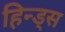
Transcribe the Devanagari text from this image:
हिन्ड्स